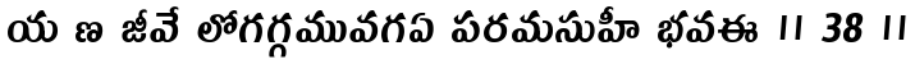
య ణ జీవే లోగగ్గమువగఏ పరమసుహీ భవఈ ॥ 38 ॥